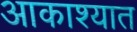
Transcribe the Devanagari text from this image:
आकाश्यात